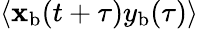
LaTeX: \langle\mathbf{x}_{\mathrm{{b}}}(t+\tau)y_{\mathrm{{b}}}(\tau)\rangle